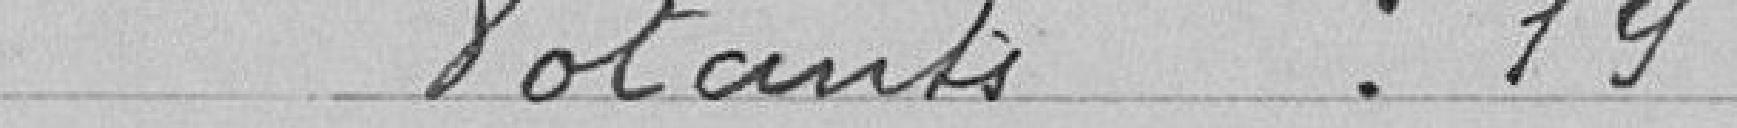
Votants : 19